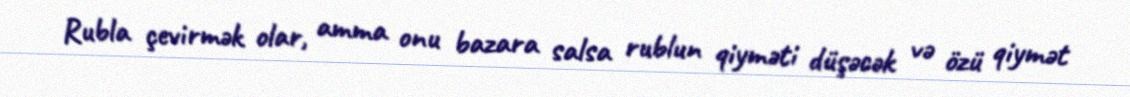
Rubla çevirmək olar, amma onu bazara salsa rublun qiyməti düşəcək və özü qiymət